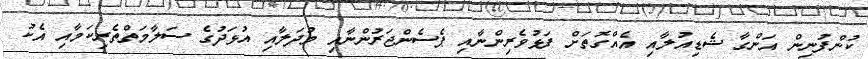
ކުންފުނިން އަންގާ ޝެޑިއުލާއި އެއްގޮތަށް ފަޅުވެރިންނާއި ޕެސެންޖަރުންނާއި މުދަލާއި އުޅަދުގެ ސަލާމަތްތެރިކަމާއި އެކު